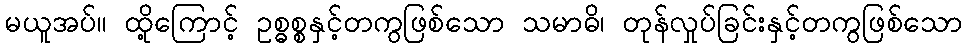
မယူအပ်။ ထို့ကြောင့် ဥစ္ဓစ္စနှင့်တကွဖြစ်သော သမာဓိ၊ တုန်လှုပ်ခြင်းနှင့်တကွဖြစ်သော